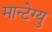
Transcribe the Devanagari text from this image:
मान्टेग्यु